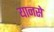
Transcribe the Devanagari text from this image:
यानसे